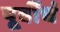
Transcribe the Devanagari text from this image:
पूर्वीचं